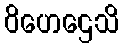
ဝိဟေဌေသိ